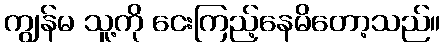
ကျွန်မ သူ့ကို ငေးကြည့်နေမိတော့သည်။